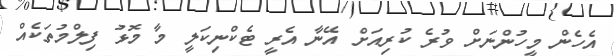
އެހެން މީހުންނަށް ވުރެ ކުރިއަށް އޭނާ އެރީ ޓެކްނިކަލީ މާ މޮޅު ފިލްމުތަކެއް